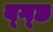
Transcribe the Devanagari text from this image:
ब्ग्छ